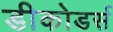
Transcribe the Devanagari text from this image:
डीकोडर्स